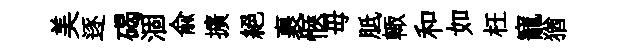
美逐碣涸俞擴絕裹愜毋胝輙和如枉寵猶